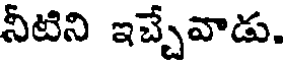
నీటిని ఇచ్చేవాడు.